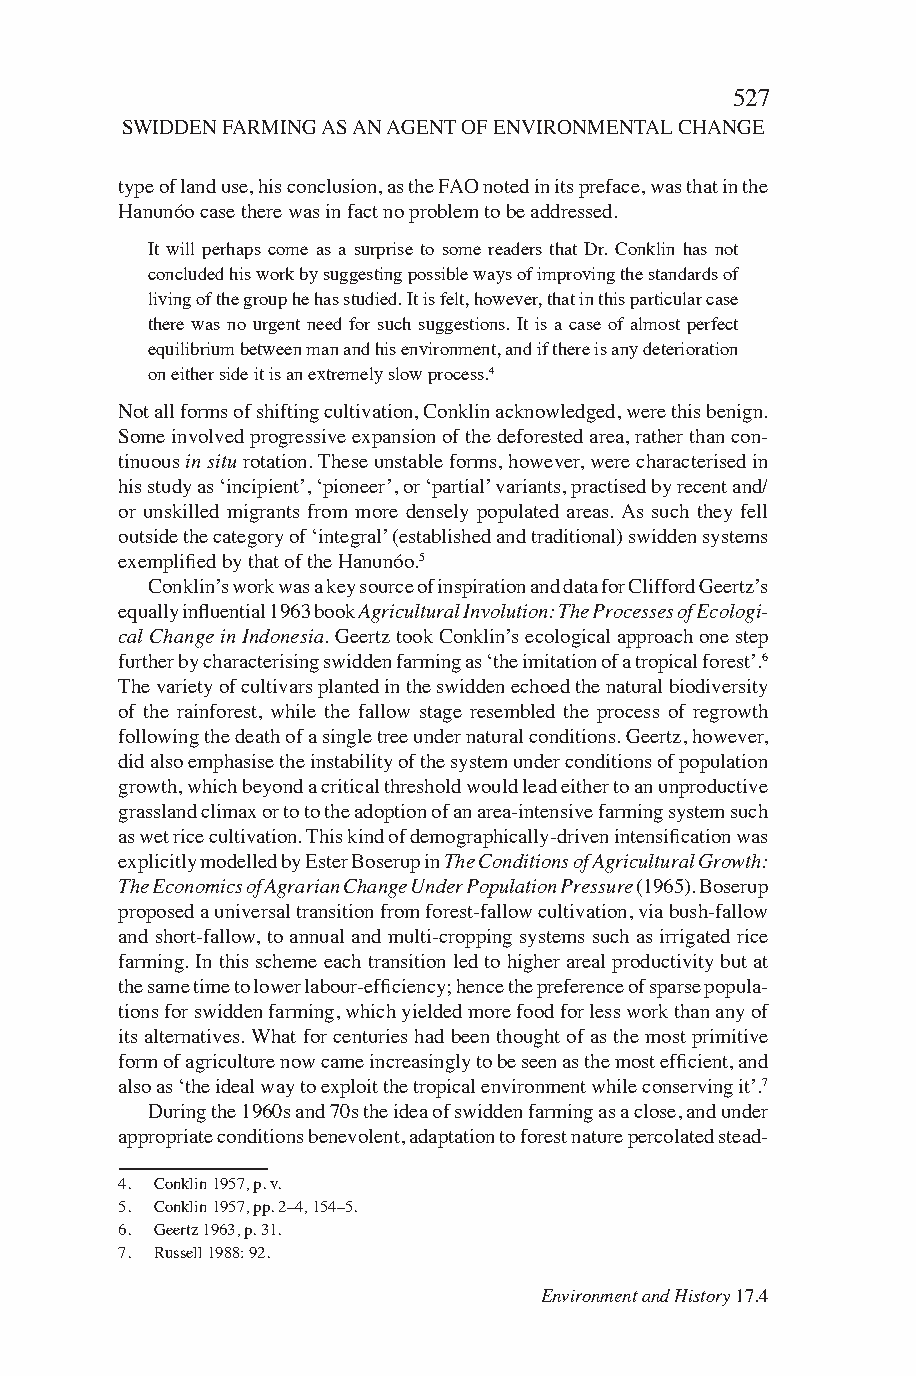
527
 SWIDDEN FARMING AS AN AGENT OF ENVIRONMENTAL CHANGE
 type of land use, his conclusion, as the FAO noted in its preface, was that in the
 Hanunóo case there was in fact no problem to be addressed.
 It will perhaps come as a surprise to some readers that Dr. Conklin has not
 concluded his work by suggesting possible ways of improving the standards of
 living of the group he has studied. It is felt, however, that in this particular case
 there was no urgent need for such suggestions. It is a case of almost perfect
 equilibrium between man and his environment, and if there is any deterioration
 on either side it is an extremely slow process.4
 Not all forms of shifting cultivation, Conklin acknowledged, were this benign.
 Some involved progressive expansion of the deforested area, rather than con-
 tinuous in situ rotation. These unstable forms, however, were characterised in
 his study as ‘incipient’, ‘pioneer’, or ‘partial’ variants, practised by recent and/
 or unskilled migrants from more densely populated areas. As such they fell
 outside the category of ‘integral’ (established and traditional) swidden systems
 exemplified by that of the Hanunóo.5
 Conklin’s work was a key source of inspiration and data for Clifford Geertz’s
 equally influential 1963 book Agricultural Involution: The Processes of Ecologi-
 cal Change in Indonesia. Geertz took Conklin’s ecological approach one step
 further by characterising swidden farming as ‘the imitation of a tropical forest’.6
 The variety of cultivars planted in the swidden echoed the natural biodiversity
 of the rainforest, while the fallow stage resembled the process of regrowth
 following the death of a single tree under natural conditions. Geertz, however,
 did also emphasise the instability of the system under conditions of population
 growth, which beyond a critical threshold would lead either to an unproductive
 grassland climax or to to the adoption of an area-intensive farming system such
 as wet rice cultivation. This kind of demographically-driven intensification was
 explicitly modelled by Ester Boserup in The Conditions of Agricultural Growth:
 The Economics of Agrarian Change Under Population Pressure (1965). Boserup
 proposed a universal transition from forest-fallow cultivation, via bush-fallow
 and short-fallow, to annual and multi-cropping systems such as irrigated rice
 farming. In this scheme each transition led to higher areal productivity but at
 the same time to lower labour-efficiency; hence the preference of sparse popula-
 tions for swidden farming, which yielded more food for less work than any of
 its alternatives. What for centuries had been thought of as the most primitive
 form of agriculture now came increasingly to be seen as the most efficient, and
 also as ‘the ideal way to exploit the tropical environment while conserving it’.7
 During the 1960s and 70s the idea of swidden farming as a close, and under
 appropriate conditions benevolent, adaptation to forest nature percolated stead-
 4. Conklin 1957, p. v.
 5. Conklin 1957, pp. 2–4, 154–5.
 6. Geertz 1963, p. 31.
 7. Russell 1988: 92.
 Environment and History 17.4